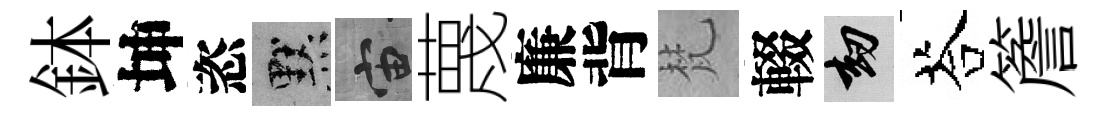
鉢坤恣默宙蔑廉背梵輟劫荅簷